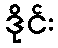
ဒိုင်း